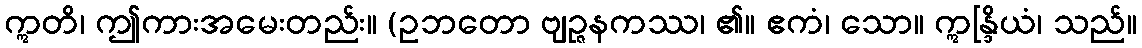
ဣတိ၊ ဤကားအမေးတည်း။ (ဥဘတော ဗျဉ္ဇနကဿ၊ ၏။ ဧကံ၊ သော။ ဣန္ဒြိယံ၊ သည်။